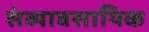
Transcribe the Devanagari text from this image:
संव्यावसायिक